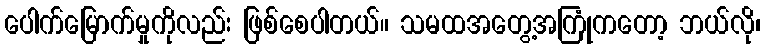
ပေါက်မြောက်မှုကိုလည်း ဖြစ်စေပါတယ်။ သမထအတွေ့အကြုံကတော့ ဘယ်လို၊